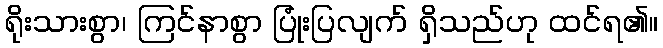
ရိုးသားစွာ၊ ကြင်နာစွာ ပြုံးပြလျက် ရှိသည်ဟု ထင်ရ၏။